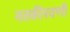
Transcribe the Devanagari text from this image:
नतकीरवणी